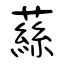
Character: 蕬